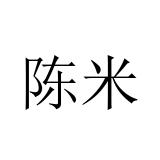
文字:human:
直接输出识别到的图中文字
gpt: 陈米